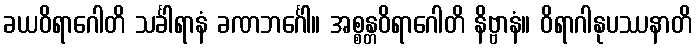
ခယဝိရာဂေါတိ သင်္ခါရာနံ ခဏဘင်္ဂေါ။ အစ္စန္တဝိရာဂေါတိ နိဗ္ဗာနံ။ ဝိရာဂါနုပဿနာတိ